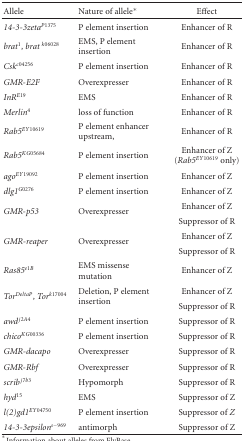
<table><thead><tr><td><b> Allele</b></td><td><b>Nature of allele*</b></td><td><b>Effect</b></td></tr></thead><tbody><tr><td><i>14-3-3zeta<sup>P1375</sup></i></td><td>P element insertion</td><td>Enhancer of R</td></tr><tr><td><i>brat<sup>1</sup>, brat <sup>k06028</sup></i></td><td>EMS, P element insertion</td><td>Enhancer of R</td></tr><tr><td><i>Csk<sup>c04256</sup></i></td><td>P element insertion</td><td>Enhancer of R</td></tr><tr><td><i>GMR-E2F</i></td><td>Overexpresser</td><td>Enhancer of R</td></tr><tr><td><i>InR<sup>E19</sup></i></td><td>EMS</td><td>Enhancer of R</td></tr><tr><td><i>Merlin<sup>4</sup></i></td><td>loss of function</td><td>Enhancer of R</td></tr><tr><td><i>Rab5<sup>EY10619</sup></i></td><td>P element enhancer upstream,</td><td>Enhancer of R</td></tr><tr><td><i>Rab5<sup>KG05684</sup></i></td><td>P element insertion</td><td>Enhancer of Z (<i>Rab5<sup>EY10619</sup></i> only)</td></tr><tr><td><i>ago<sup>EY19092</sup></i></td><td>P element insertion</td><td>Enhancer of Z</td></tr><tr><td><i>dlg1<sup>G0276</sup></i></td><td>P element insertion</td><td>Enhancer of Z</td></tr><tr><td rowspan="2"><i>GMR-p53</i></td><td rowspan="2">Overexpresser</td><td>Enhancer of Z</td></tr><tr><td>Suppressor of R</td></tr><tr><td rowspan="2"><i>GMR-reaper</i></td><td rowspan="2">Overexpresser</td><td>Enhancer of Z</td></tr><tr><td>Suppressor of R</td></tr><tr><td><i>Ras85<sup>e1B</sup></i></td><td>EMS missense mutation</td><td>Enhancer of Z</td></tr><tr><td rowspan="2"><i>Tor<sup>DeltaP</sup>, Tor<sup>k17004</sup></i></td><td rowspan="2">Deletion, P element insertion</td><td>Enhancer of Z</td></tr><tr><td>Suppressor of R</td></tr><tr><td><i>awd<sup>j2A4</sup></i></td><td>P element insertion</td><td>Suppressor of R</td></tr><tr><td><i>chico<sup>KG00336</sup></i></td><td>P element insertion</td><td>Suppressor of R</td></tr><tr><td><i>GMR-dacapo</i></td><td>Overexpresser</td><td>Suppressor of R</td></tr><tr><td><i>GMR-Rbf</i></td><td>Overexpresser</td><td>Suppressor of R</td></tr><tr><td><i>scrib<sup>j7b3</sup></i></td><td>Hypomorph</td><td>Suppressor of R</td></tr><tr><td><i>hyd<sup>15</sup></i></td><td>EMS</td><td>Suppressor of Z</td></tr><tr><td><i>l(2)gd1<sup>EY04750</sup></i></td><td>P element insertion</td><td>Suppressor of <i>Z </i></td></tr><tr><td><i>14-3-3epsilon<sup>s-969</sup></i></td><td>antimorph</td><td>Suppressor of Z</td></tr></tbody></table>